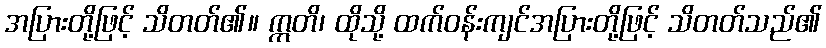
အပြားတို့ဖြင့် သိတတ်၏။ ဣတိ၊ ထိုသို့ ထက်ဝန်းကျင်အပြားတို့ဖြင့် သိတတ်သည်၏